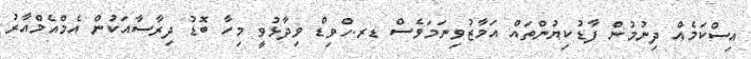
އިސްކަމެއް ދިނުމުން ފާޑުކިޔުންތައް އަމާޒުވިނަމަވެސް ޑރ.ހްވިޑް ވިދާޅުވީ މިހާ ބޮޑު ދިރާސާއަކުން އެމްއެމްއާރު